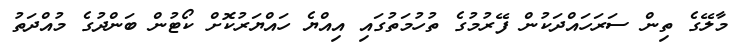
މާލޭގެ ތިން ސަރަހައްދަކުން ފޭރުމުގެ ތުހުމަތުގައި އިއްޔެ ހައްޔަރުކޮށް ކޯޓުން ބަންދުގެ މުއްދަތު